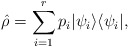
\begin{align*} \hat\rho = \sum_{i=1}^{r} p_i |\psi_i \rangle \langle \psi_i|,\end{align*}